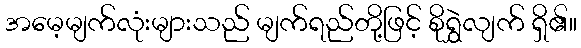
အမေ့မျက်လုံးများသည် မျက်ရည်တို့ဖြင့် စိုရွှဲလျက် ရှိ၏။